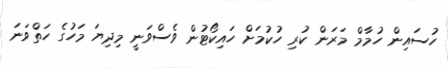
ހުސައިން ހުމާމް މަރަން ކުރި ހުކުމަށް ހައިކޯޓުން ވެސްވަނީ މިދިޔަ މަހުގެ ހަތްވަނަ